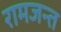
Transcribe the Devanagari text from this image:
रामजन्त